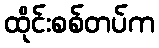
ထိုင်းစစ်တပ်က